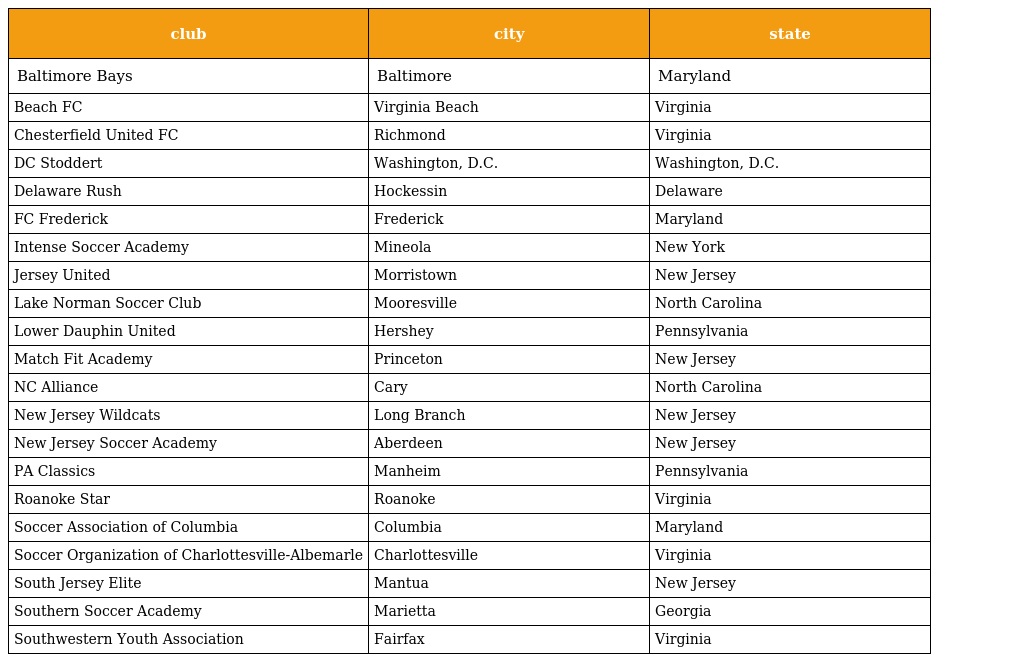
| club | city | state |
 | --- | --- | --- |
 | Baltimore Bays | Baltimore | Maryland |
 | Beach FC | Virginia Beach | Virginia |
 | Chesterfield United FC | Richmond | Virginia |
 | DC Stoddert | Washington, D.C. | Washington, D.C. |
 | Delaware Rush | Hockessin | Delaware |
 | FC Frederick | Frederick | Maryland |
 | Intense Soccer Academy | Mineola | New York |
 | Jersey United | Morristown | New Jersey |
 | Lake Norman Soccer Club | Mooresville | North Carolina |
 | Lower Dauphin United | Hershey | Pennsylvania |
 | Match Fit Academy | Princeton | New Jersey |
 | NC Alliance | Cary | North Carolina |
 | New Jersey Wildcats | Long Branch | New Jersey |
 | New Jersey Soccer Academy | Aberdeen | New Jersey |
 | PA Classics | Manheim | Pennsylvania |
 | Roanoke Star | Roanoke | Virginia |
 | Soccer Association of Columbia | Columbia | Maryland |
 | Soccer Organization of Charlottesville-Albemarle | Charlottesville | Virginia |
 | South Jersey Elite | Mantua | New Jersey |
 | Southern Soccer Academy | Marietta | Georgia |
 | Southwestern Youth Association | Fairfax | Virginia |